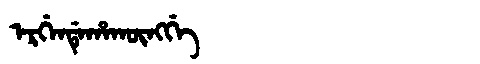
Manchu: ᡝᡵᡤᡝᠨᡩᡝᡥᠠᡴᡡᠩᡤᡝ
Romanization: ERGENDEHAKŪNGGE